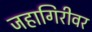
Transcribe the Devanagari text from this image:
जहागिरीवर